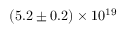
( 5 . 2 \pm 0 . 2 ) \times 1 0 ^ { 1 9 }